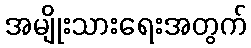
အမျိုးသားရေးအတွက်